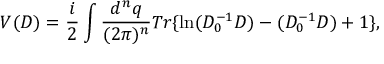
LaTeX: V ( D ) = { \frac { i } { 2 } } \int { \frac { d ^ { n } q } { ( 2 \pi ) ^ { n } } } T r \{ \ln ( D _ { 0 } ^ { - 1 } D ) - ( D _ { 0 } ^ { - 1 } D ) + 1 \} ,